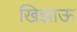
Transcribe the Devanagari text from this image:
खिझाऊ